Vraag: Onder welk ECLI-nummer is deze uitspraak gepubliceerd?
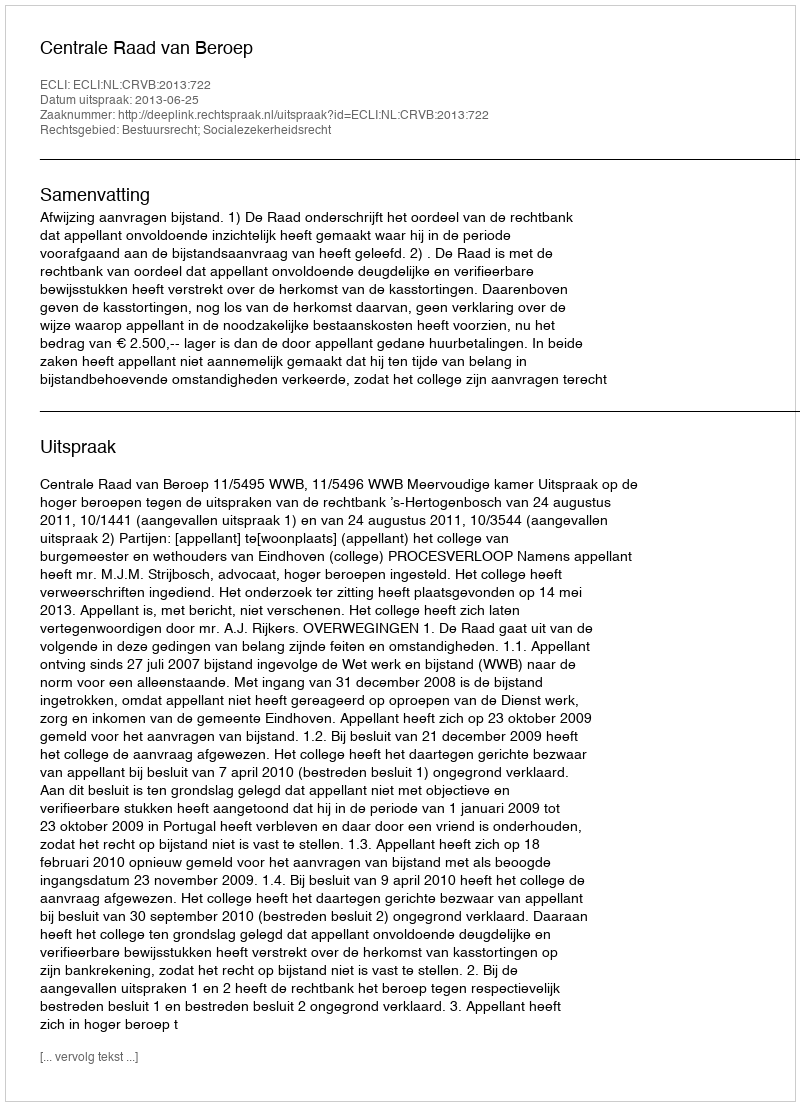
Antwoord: ECLI:NL:CRVB:2013:722